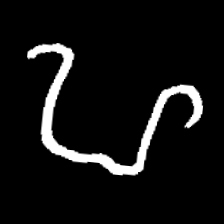
Pyu character \u2014 Myanmar letter: ဟ (romanized: ha)